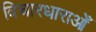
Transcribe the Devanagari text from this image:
विचारधाराओँ